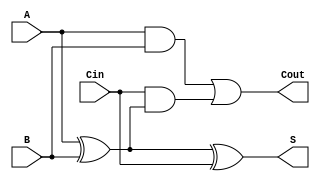
module FullAdder (
    input wire A,     // First input bit
    input wire B,     // Second input bit
    input wire Cin,   // Carry input from previous addition
    output wire S,    // Sum output
    output wire Cout  // Carry output
);

// Sum calculation using XOR gates
assign S = A ^ B ^ Cin;

// Carry-out calculation using AND and OR gates
assign Cout = (A & B) | (Cin & (A ^ B));

endmodule